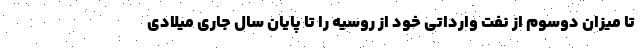
تا میزان دوسوم از نفت وارداتی خود از روسیه را تا پایان سال جاری میلادی